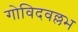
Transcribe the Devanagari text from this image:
गोविदवल्लभ